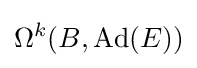
\Omega ^{k}(B,\operatorname {Ad} (E))